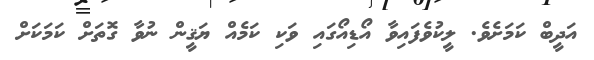
އަދީބް ކަމަށެވެ. ލީކުވެފައިވާ އޯޑިއޯގައި ވަކި ކަމެއް ޔަޤީން ނުވާ ގޮތަށް ކަމަކަށް